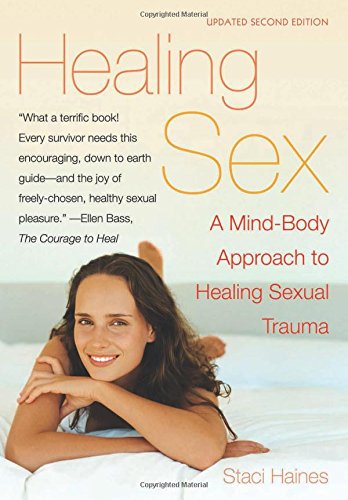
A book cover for Healing Sex: A Mind-Body Approach to Healing Sexual Trauma; Staci Haines; Politics & Social Sciences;